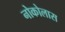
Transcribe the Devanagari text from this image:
नोकोलास